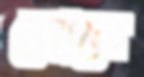
জোলে